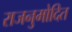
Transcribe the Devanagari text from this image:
राजनुमोदित